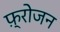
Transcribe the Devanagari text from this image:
फ़्रोजन